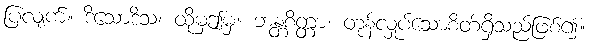
ပြလျက်။ ဒိသောဒိသံ၊ ထိုမှဤမှ။ ဘန္တစိတ္တာ၊ တုန်လှုပ်သောစိတ်ရှိသည်ဖြစ်၍။